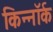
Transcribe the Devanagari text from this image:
किन्नॉर्क